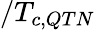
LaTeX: /T_{c,QTN}